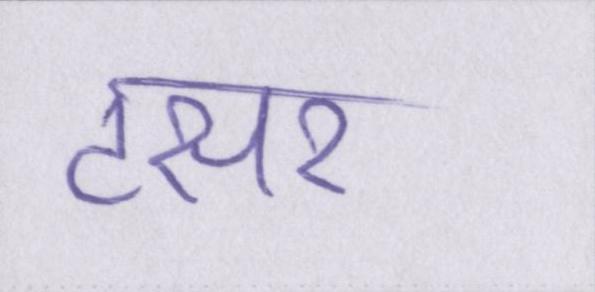
टसर